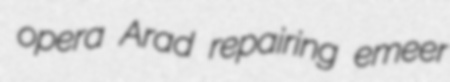
opera Arad repairing emeer